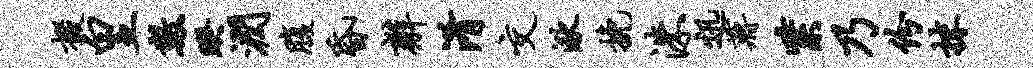
掇皇数睽润腹昏辫淆交湫挽洙迅蒋紫乃份抹